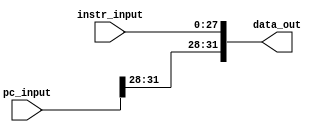
module the_box (

    input wire [27:0] instr_input,
    input wire [31:0] pc_input,
    output wire [31:0] data_out

); 

    //concatenando
    assign data_out = {pc_input[31:28] , instr_input};

endmodule